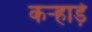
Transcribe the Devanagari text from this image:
कऱ्हाड़े